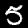
Label: 5